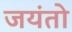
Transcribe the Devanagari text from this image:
जयंतो